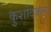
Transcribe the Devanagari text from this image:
कुशोदकम्।